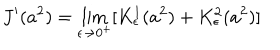
J ^ { \prime } ( a ^ { 2 } ) = \lim _ { \epsilon \to 0 ^ { + } } [ K _ { \epsilon } ^ { 1 } ( a ^ { 2 } ) + K _ { \epsilon } ^ { 2 } ( a ^ { 2 } ) ]